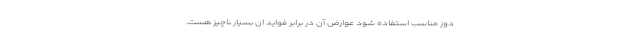
دوز مناسب استفاده شود عوارض آن در برابر فواید ان بسیار ناچیز هست.